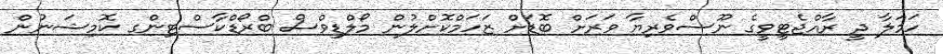
ހަމަލާ ދީ ރާއްޖެޓީވީގެ ނޫސްވެރިޔާ ވަރަށް ބޮޑަށް ޒަހަމްކޮށްލުން މޯލްޑިވްސް ބްރޯޑްކާސްޓިންގ ކޮމިޝަނުން